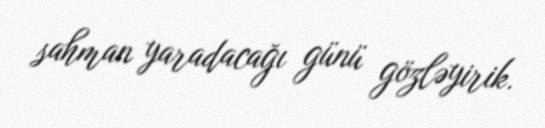
sahman yaradacağı günü gözləyirik.